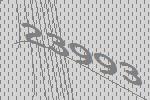
23993